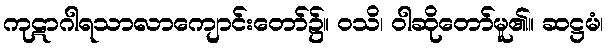
ကုဋာဂါရသာလာကျောင်းတော်၌။ ဝသိ၊ ဝါဆိုတော်မူ၏။ ဆဋ္ဌမံ၊